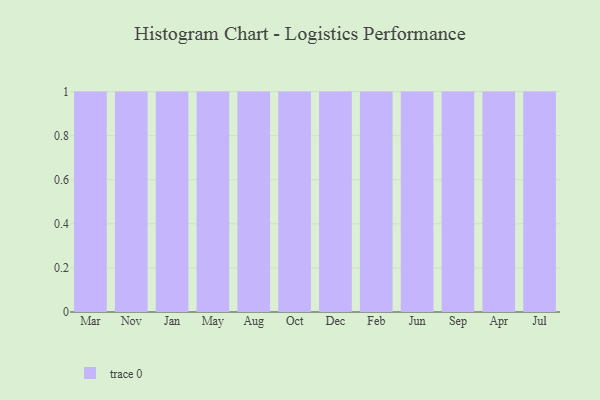
{"axis": {"x": "Month", "y": "LTV (USD)"}, "legend": [""], "data": [{"x": "Mar", "y": 15, "type": ""}, {"x": "Nov", "y": 38, "type": ""}, {"x": "Jan", "y": 11, "type": ""}, {"x": "May", "y": 91, "type": ""}, {"x": "Aug", "y": 81, "type": ""}, {"x": "Oct", "y": 18, "type": ""}, {"x": "Dec", "y": 97, "type": ""}, {"x": "Feb", "y": 78, "type": ""}, {"x": "Jun", "y": 29, "type": ""}, {"x": "Sep", "y": 39, "type": ""}, {"x": "Apr", "y": 57, "type": ""}, {"x": "Jul", "y": 71, "type": ""}]}